Calcutta medical institutions reports 1871-78
Year: 1871
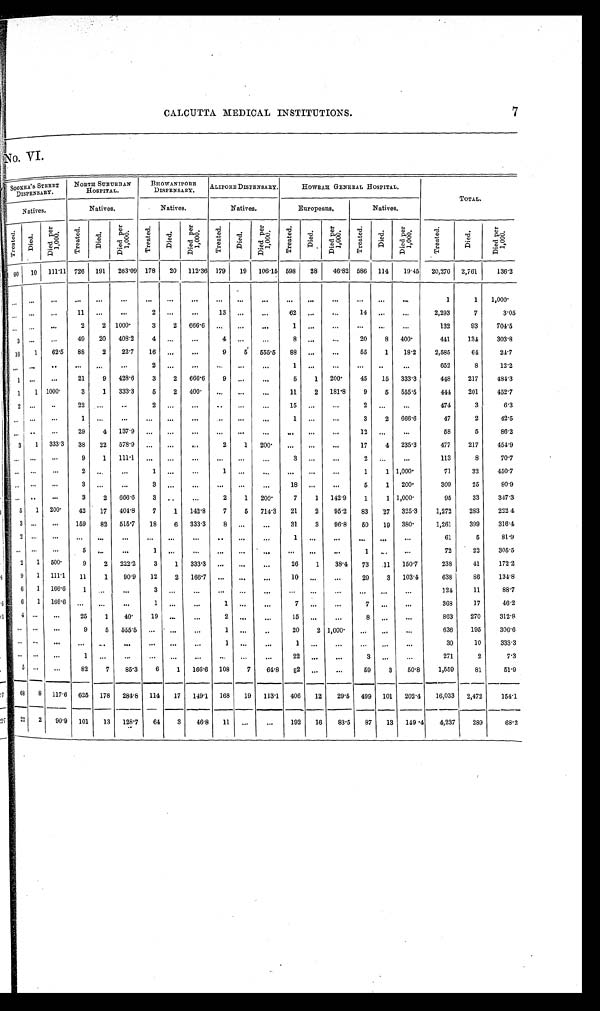
7
CALCUTTA MEDICAL INSTITUTIONS.
NO. VI.
SOOKRA'S STREET
DISPENSARY.
NORTH SUBURBAN
HOSPITAL.
BHOW ANIPORE
DISPENSARY.
A LIPORE DISPENSARY.
HOWRAH GENERALHOSPITAL .
TOTAL.
Natives.
Natives.
Natives.
Natives.
Europeans.
Natives.
T r e a t e d .
D i e d .
Di ed per
1,000.
T r e a t e d .
D i e d .
Di ed per
1, 000.
T r e a t e d .
D i e d .
Di ed per
1, 000.
T r e a t e d .
D i e d .
D i e d p e r
1 , 0 0 0 .
T r e a t e d .
D i e d .
Di e d p e r
1, 000.
T r e a t e d .
D i e d .
D i e d p e r
1 , 0 0 0 .
T r e a t e d .
D i e d .
D i e d p e r
1 , 0 0 0 .
90
10
111 .11 726
191
263 .09 178
20
112 . 36 179
19
106 . 15 598
28
46.82 586
114
19.45
20,270
2,761
136.2
... ... ...
...
...
...
...
...
...
...
...
... ...
...
...
... ...
...
1
1
1,000•
... ... ...
11
...
...
2
...
...
13
...
...
6 2 ... ...
1 4
. . .
...
2,293
7
3.05
... ... ...
2
2 1000*
3
2
666 . 6
... ...
...
1 ...
...
...
...
...
132
93
704.5
3
. . .
...
49
20
408.2
4
...
...
4
... ...
8
...
...
20
8
400.
441
134
303.8
1 6
1
62.5
88
2
22.7
16
...
...
9
5
555. 5
88
...
...
55
1
18.2
2,585
64
21.7
...
...
...
...
...
2 ...
...
...
..
...
1
... ...
...
...
...
652
8
12.2
1
. . .
...
21
9
428.6
3
2
666.6
9
... ...
5
1
200.
45
15
333.3
448
217
481.3
1
1 1000 .
3
1
333.3
5
2
400.
...
...
...
11
2
181.8
9
5
555 .5
444
201
452.7
2
... ..
22
...
...
2
...
...
..
...
...
1 5
... ...
2
... ...
474
3
6.3
... ... ...
1
... ...
...
...
... ... ... ...
1
...
...
3
2
666.6
47
2
42.5
... ... ...
29
4
137 . 9
... ... ... ... ... ... ... ...
.
.
...
.
12
...
...
58
5
86.2
3
1
333.3
38
22
578 . 9
...
...
...
2
1
200 .
...
...
...
17
4
235. 3
477
217
454.9
...
...
...
9
1
111.1
...
...
...
...
..
...
3
...
2
...
...
113
8
70.7
... ... ...
2
...
...
1
...
...
1
...
...
...
1
1 1,000.
71
32
450.7
... ... ...
3
...
...
3
...
...
. ..
...
...
1 8
5
1
200.
309
25
80.9
... ... ...
3
2
666 .6
3
... ...
2
1
200.
7
1
142.9
1
1 1,000.
95
33
347.3
5
1
200.
42
17
404.8
7
1
142 . 8
7
5
714 . 3
21
2
95•2
83
27
325 .3
1,272
283
222 4
3 ...
...
159
82
515'7
18
6
333 . 3
8
... ...
31
3
96.8
50
19
380.
1,261
399
316.4
2
... ... ... ...
...
...
. ..
...
..
... ...
1
... ... ... ... ...
61
5
81.9
... ... ...
5
...
...
1
...
...
...
...
...
...
...
...
1
...
...
72
22
305.5
2
1
500.
9
2
222.2
3
1
333.3
...
... ...
26
1
38.4
73
11
150.7
238
41
172.2
9
1
111.1
11
1
90.9
12
2
166.7
... ... ...
10
...
...
29
3
103.4
638
86
134.8
6
1
166.6
1
. . .
....
3
...
...
...
...
...
...
...
...
...
...
...
124
11
88.7
6
1
166.6
... ... ...
1
... ...
1
... ...
7
... ...
7
... ...
368
17
46.2
4 ...
...
25
1
40.
19
...
...
2
...
...
15
...
...
8
...
...
863
270
312.8
... ... ...
9
5
555.5
... ...
...
1
... ...
20
2 1,000
...
...
...
636
195
306.6
... ... ...
...
...
... ...
...
...
1
...
...
1
...
...
...
...
...
30
10
333.3
... ... ...
1
...
...
... ... ...
...
...
...
22
... ...
3
...
...
271
2
7•3
5
...
. . .
82
7
85.3
6
1
166. 6
108
7
64.8
32
..
...
59
3
5 0 . 8
1,559
81
51.9
6 8
8
117 . 6
625
178
284. 8
114
17
149 . 1
168
19
113.1
406
12
29.5
499
101
202 . 4
1 6 , 0 3 3
2,472
154.1
22
2
9 0 . 9 101
13
1 2 8 . 7
64
3
46.8
11
... ...
192
16
83.5
87
13
149 .4
4,237
289
68.2